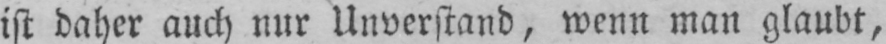
ist daher auch nur Unverstand, wenn man glaubt,